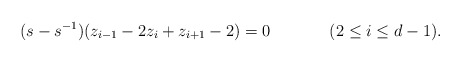
\begin{align*} (s - s^{-1})(z_{i-1} - 2 z_i + z_{i+1} -2) = 0 && (2 \leq i \leq d-1).\end{align*}